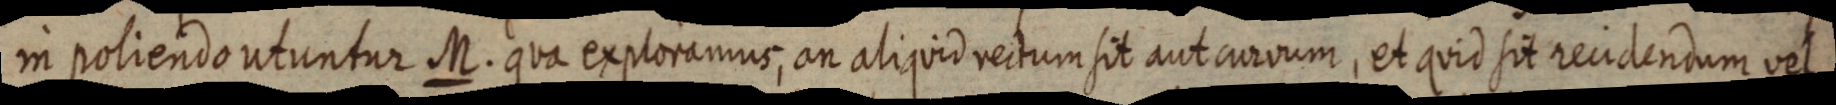
in poliendo utuntur M. qua exploramus, an aliquid rectum sit aut curvum, et quid sit recidendum vel